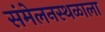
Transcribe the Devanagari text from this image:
संमेलनस्थळाला